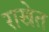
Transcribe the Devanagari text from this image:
राखेत